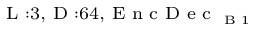
_ { \textrm { L } : 3 , \textrm { D } : 6 4 , \textrm { E n c D e c } _ { \textrm { B } 1 } }